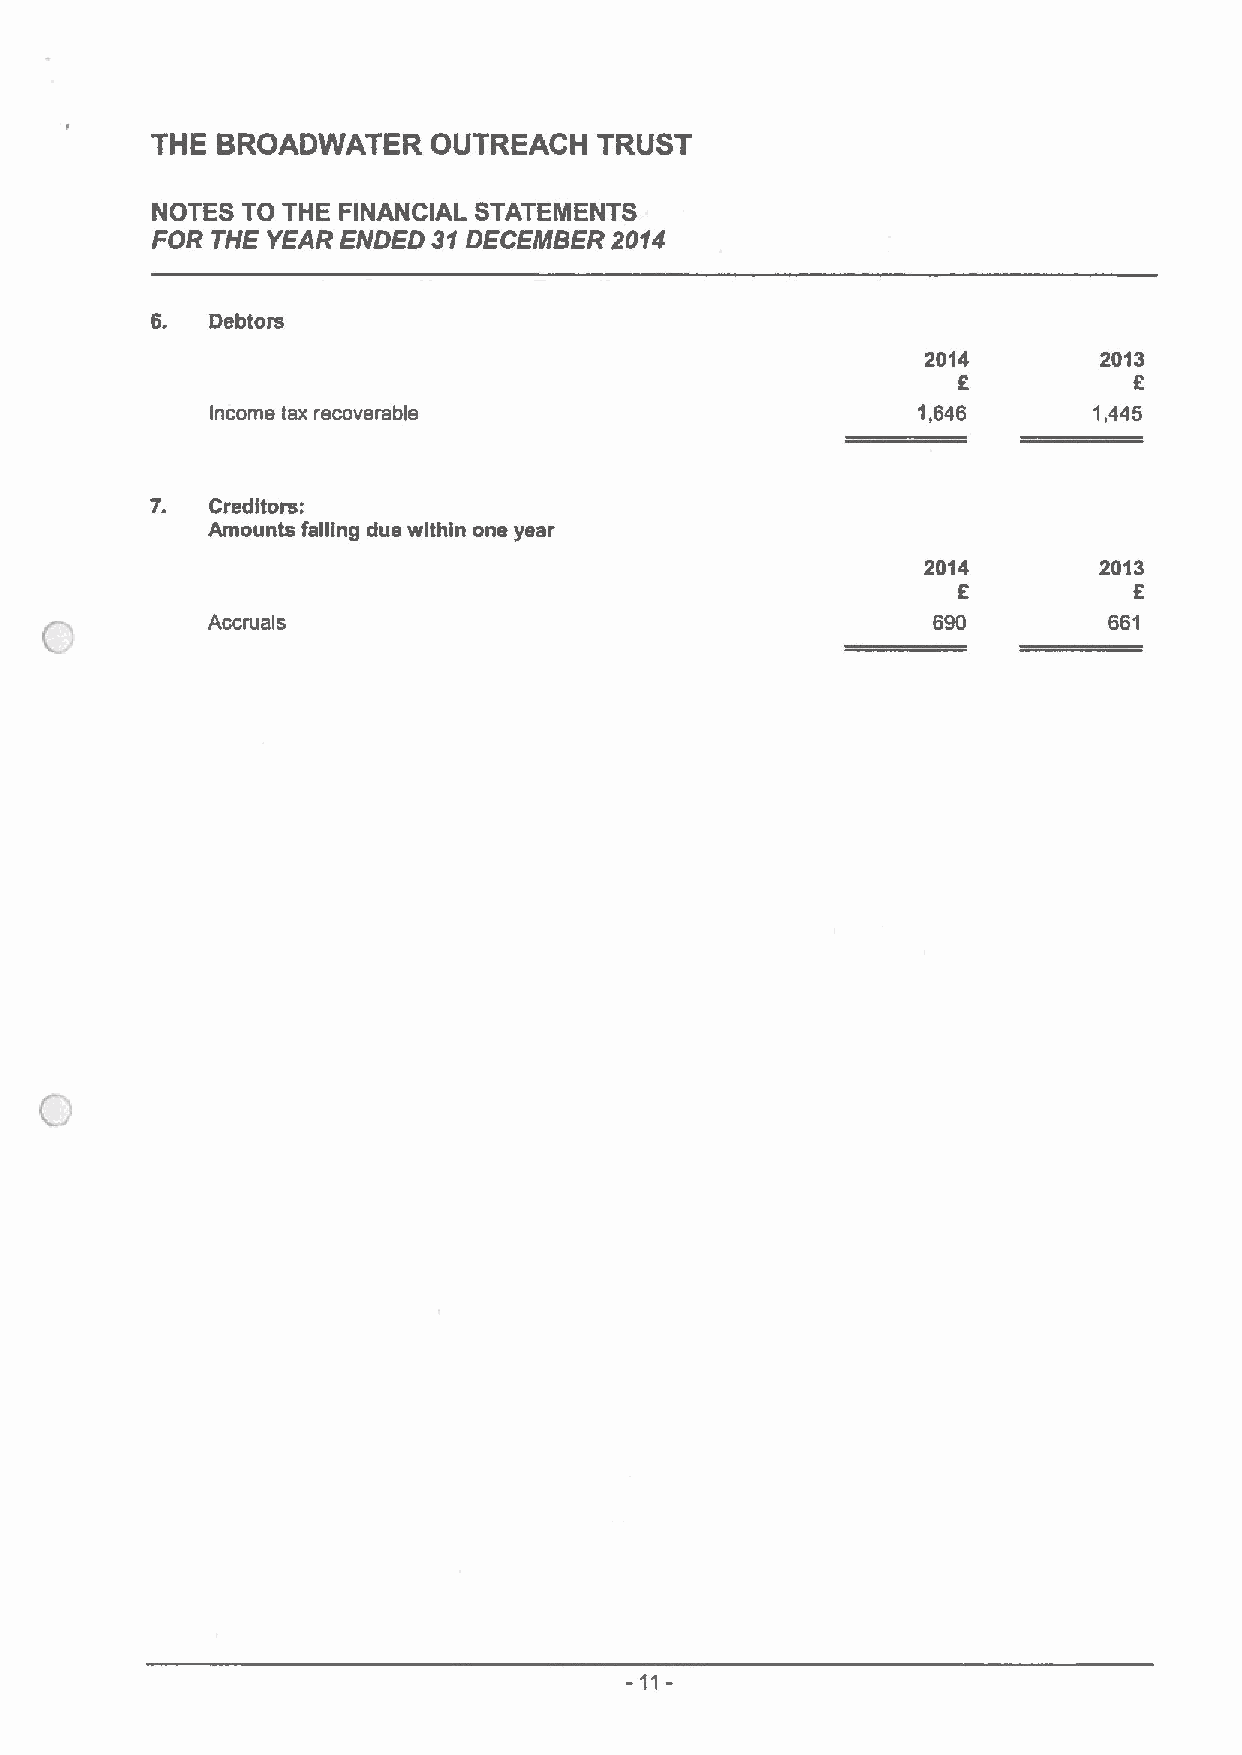
THE BROADWATER     OUTREACH   TRUST
 NOTES TO THE FINANCIAL STATEMENTS
 FOR THE YEAR ENDED 31DECEMBER 2014
 6.  Debtors
 2014        2013
 6           6
 income tax recoverable                         1,646      1,445
 7.  Creditors:
 Amounts falling due within one year
 2014        2013
 6           6
 Accruals                                        690        661
 -11-